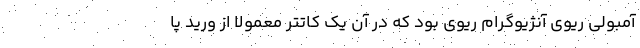
آمبولی ریوی آنژیوگرام ریوی بود که در آن یک کاتتر معمولا از ورید پا